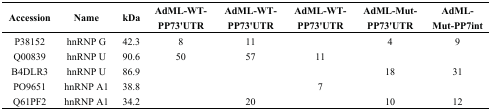
<table><thead><tr><td><b>Accession</b></td><td><b>Name</b></td><td><b>kDa</b></td><td><b>AdML-WT-PP73&#x27;UTR</b></td><td><b>AdML-WT-PP73&#x27;UTR</b></td><td><b>AdML-WT-PP73&#x27;UTR</b></td><td><b>AdML-Mut-PP73&#x27;UTR</b></td><td><b>AdML-Mut-PP7int</b></td></tr></thead><tbody><tr><td>P38152</td><td>hnRNP G</td><td>42.3</td><td>8</td><td>11</td><td></td><td>4</td><td>9</td></tr><tr><td>Q00839</td><td>hnRNP U</td><td>90.6</td><td>50</td><td>57</td><td>11</td><td></td><td></td></tr><tr><td>B4DLR3</td><td>hnRNP U</td><td>86.9</td><td></td><td></td><td></td><td>18</td><td>31</td></tr><tr><td>PO9651</td><td>hnRNP A1</td><td>38.8</td><td></td><td></td><td>7</td><td></td><td></td></tr><tr><td>Q61PF2</td><td>hnRNP A1</td><td>34.2</td><td></td><td>20</td><td></td><td>10</td><td>12</td></tr></tbody></table>